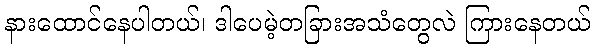
နားထောင်နေပါတယ်၊ ဒါပေမဲ့တခြားအသံတွေလဲ ကြားနေတယ်